Indian journal of veterinary science and animal husbandry - Volume 9,
Year: 1939
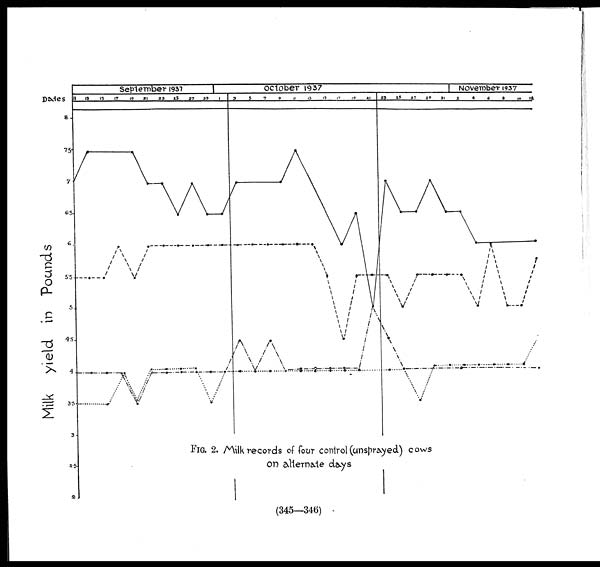
FIG. 2. Milk records of four control (unsprayed) cows
on alternate days
(345—346)